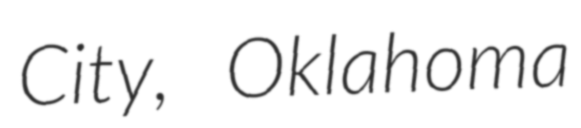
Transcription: City, Oklahoma